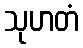
သုဟတံ